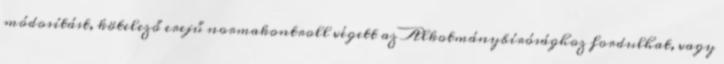
módosítást, kötelező erejű normakontroll végett az Alkotmánybírósághoz fordulhat, vagy